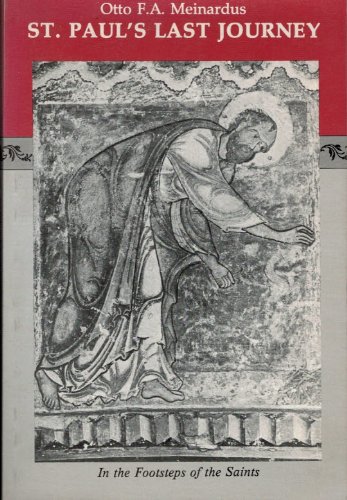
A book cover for St.Paul's Last Journey; Otto F. Meinardus; Travel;